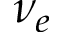
\nu _ { e }